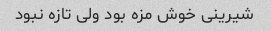
شیرینی خوش مزه بود ولی تازه نبود